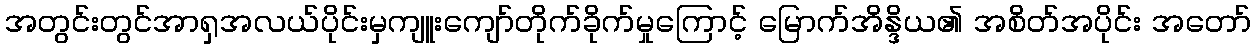
အတွင်းတွင်အာရှအလယ်ပိုင်းမှကျူးကျော်တိုက်ခိုက်မှုကြောင့် မြောက်အိန္ဒိယ၏ အစိတ်အပိုင်း အတော်